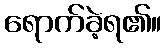
ရောက်ခဲ့ရ၏။